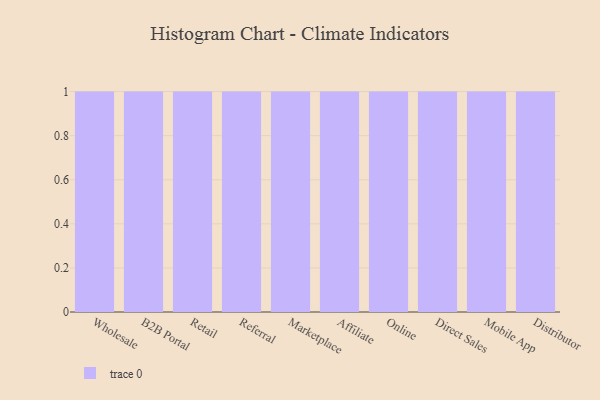
{"axis": {"x": "Channel", "y": "Backlog"}, "legend": [""], "data": [{"x": "Wholesale", "y": 66, "type": ""}, {"x": "B2B Portal", "y": 94, "type": ""}, {"x": "Retail", "y": 48, "type": ""}, {"x": "Referral", "y": 14, "type": ""}, {"x": "Marketplace", "y": 84, "type": ""}, {"x": "Affiliate", "y": 35, "type": ""}, {"x": "Online", "y": 66, "type": ""}, {"x": "Direct Sales", "y": 41, "type": ""}, {"x": "Mobile App", "y": 75, "type": ""}, {"x": "Distributor", "y": 48, "type": ""}]}